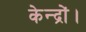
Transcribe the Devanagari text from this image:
केन्द्रों।